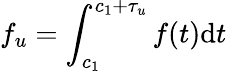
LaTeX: f_{u}=\int_{c_{1}}^{c_{1}+\tau_{u}}f(t)\mathrm{d}t